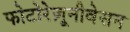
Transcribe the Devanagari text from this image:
फोटोरेज़ूनीवेसन